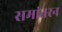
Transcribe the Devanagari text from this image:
समांतरन